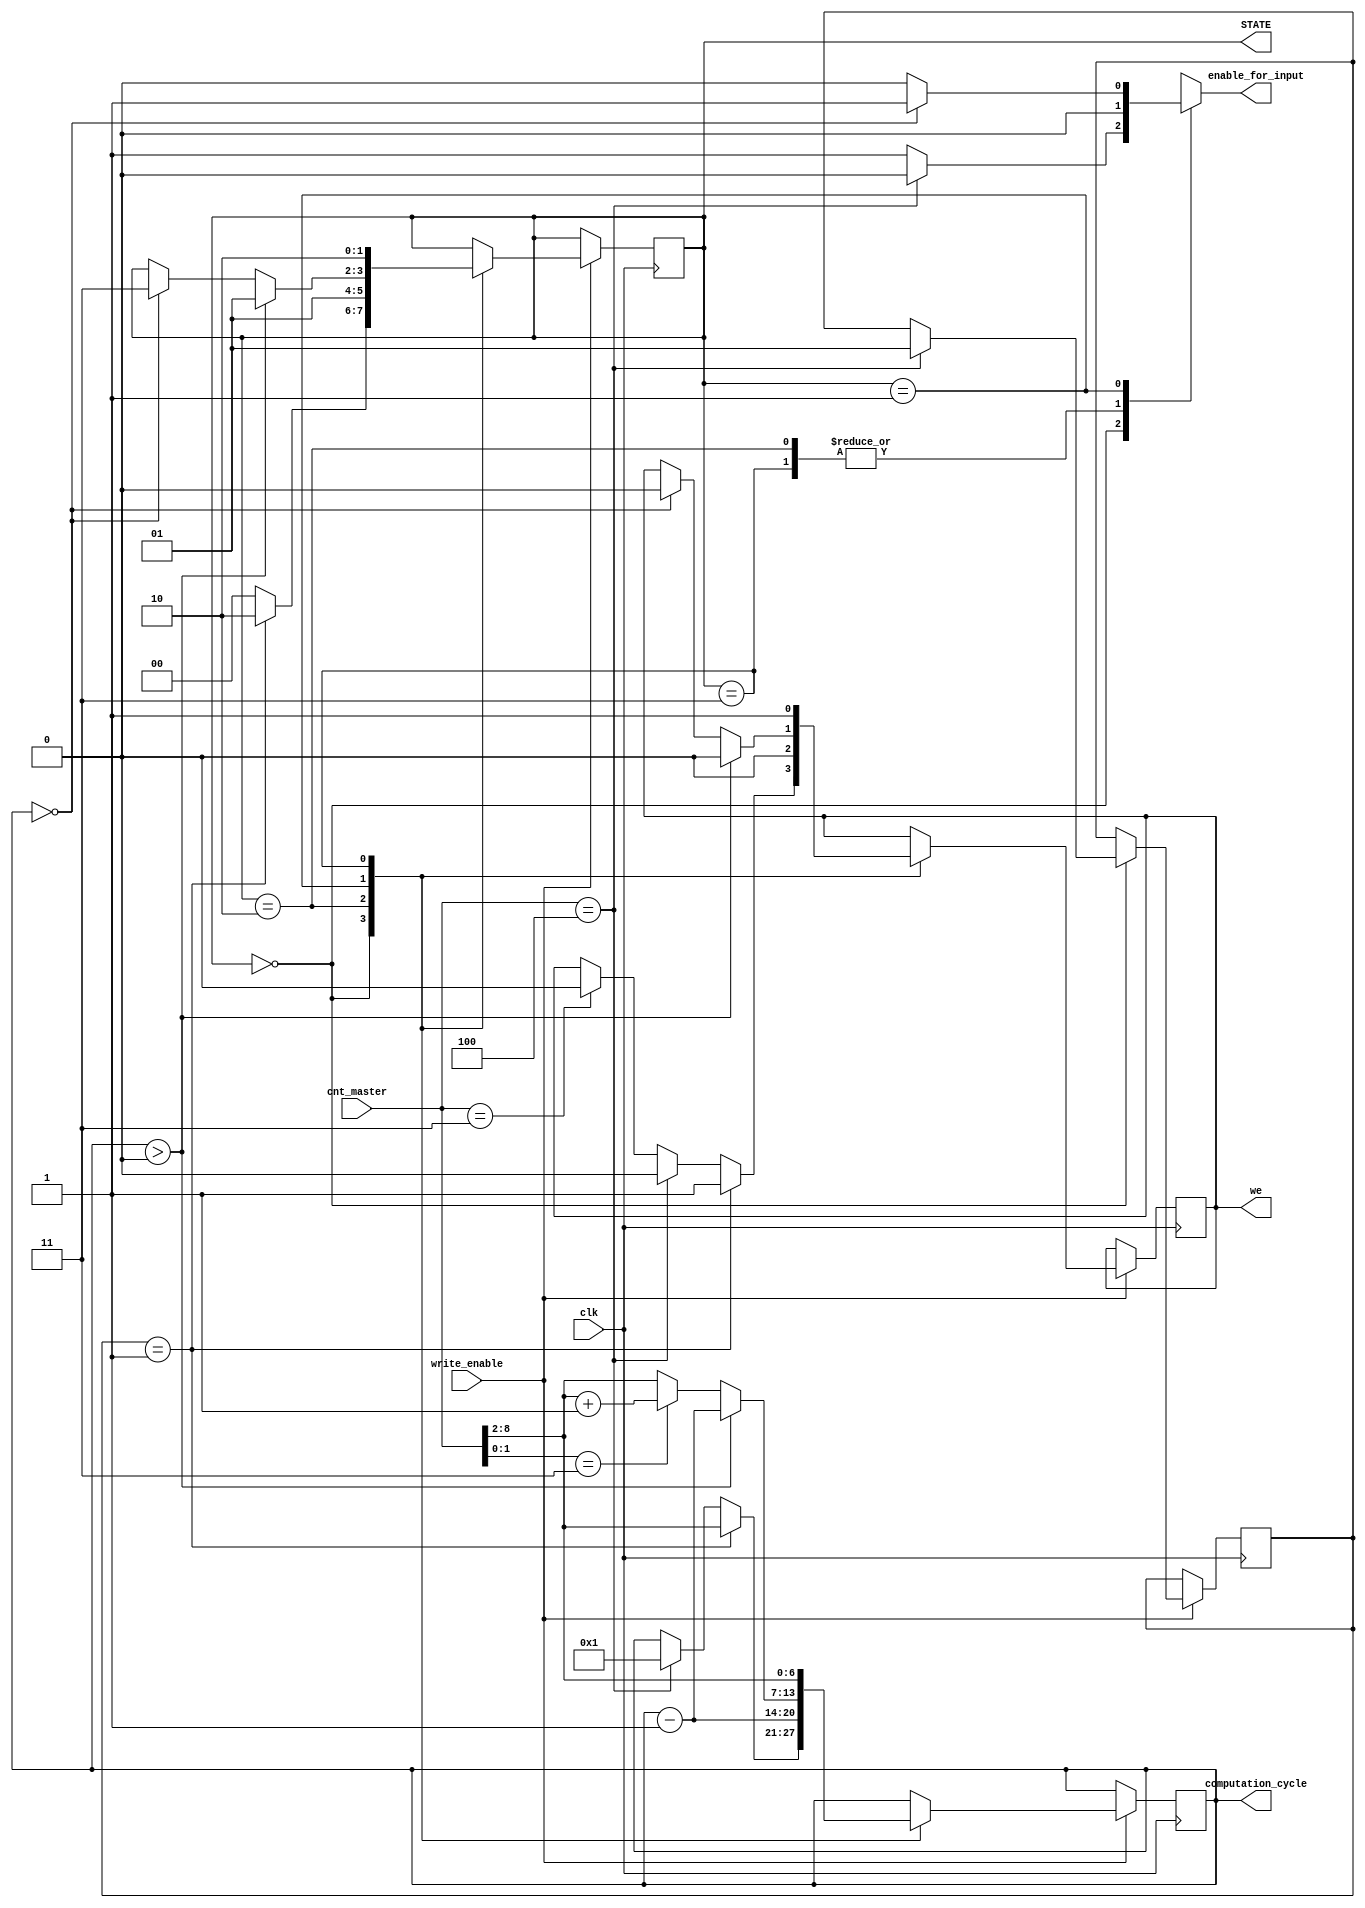
module computation_control(cnt_master,clk,computation_cycle,enable_for_input,we,STATE,write_enable);

// this block computes the cycles which are at computation at the moment
// also provides enable for Multiplier to know when to fetch from outside input data and also controls writing to the CA_RAM

//testing
output[1:0] STATE;
// finished

input[8:0] cnt_master;
input clk;
input write_enable;
output[6:0] computation_cycle;// this would always be the address
output enable_for_input;
output we;
wire[6:0] cycle_num;
wire[1:0] remainder;
reg[6:0] computation_cycle;
reg enable_for_input;
parameter ZERO_ROW=2'b00;
parameter READ_PRE_LINES=2'b01;
parameter READ_WRITE_NEW_LINE=2'b10;
parameter CLEAR=2'b11;
reg[1:0] STATE;
reg we;
reg[1:0] stay;
initial begin
	computation_cycle=7'b0000000;
	enable_for_input<=1'b1;
	we<=1'b1;
	STATE<=ZERO_ROW;
	stay<=1'b0;
end

assign cycle_num=cnt_master[8:2];
assign remainder=cnt_master[1:0];




always@(posedge clk) begin
if(write_enable==1'b1) begin
		case(STATE)
			ZERO_ROW: begin
				if(cnt_master==9'b11)begin
					we<=1'b0;
				end
				if(cnt_master==9'b100)begin
					stay<=1'b1;
					we<=1'b0;
					computation_cycle<=1'b1;
				end
				if(stay==1'b1)begin
					STATE<=READ_WRITE_NEW_LINE;
					computation_cycle<=cycle_num;
					we<=1'b1;

				end
				else begin
					STATE<=ZERO_ROW;
				end

			end
			
			READ_WRITE_NEW_LINE: begin //10
				we<=1'b0;
				STATE<=READ_PRE_LINES;
								//this value is load

			//	if(cnt_master[1:0]!=2'b11)

				computation_cycle<=computation_cycle-1'b1;

			end
			
			
			READ_PRE_LINES: begin //01
				if(computation_cycle==0) begin
					we<=1'b0;
					STATE<=CLEAR;
				end
				if(remainder==2'b11)
					computation_cycle<=cycle_num+1'b1;
				else 
					computation_cycle<=cycle_num;
				
				if(computation_cycle>0)begin
					STATE<=READ_PRE_LINES;
					computation_cycle<=computation_cycle-1'b1;
					we<=1'b0;
				end
			end
			
			CLEAR:begin //11

						we<=1'b1;
						STATE<=READ_WRITE_NEW_LINE;
						computation_cycle<=cycle_num;

			end
		endcase	
	end
end

always @(*) begin
	case(STATE)
		ZERO_ROW: begin
			if(cnt_master==9'b100)
				enable_for_input<=1'b0;
			else
				enable_for_input<=1'b1;
		end
		CLEAR:
			enable_for_input=1'b0;
		READ_WRITE_NEW_LINE:
			enable_for_input=1'b0;
		READ_PRE_LINES: begin
			if(computation_cycle==7'b0)
				enable_for_input=1'b1;
			else 
				enable_for_input=1'b0;
		end
		default:
			enable_for_input=1'b1;
	endcase
end
endmodule